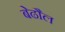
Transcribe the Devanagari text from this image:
बेढौल